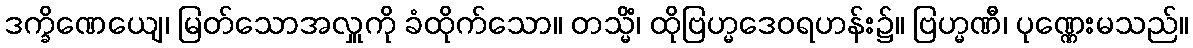
ဒက္ခိဏေယျေ၊ မြတ်သောအလှူကို ခံထိုက်သော။ တသ္မိံ၊ ထိုဗြဟ္မဒေဝရဟန်း၌။ ဗြဟ္မဏီ၊ ပုဏ္ဏေးမသည်။